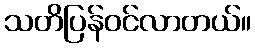
သတိပြန်ဝင်လာတယ်။